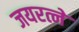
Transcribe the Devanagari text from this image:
जयरत्ने